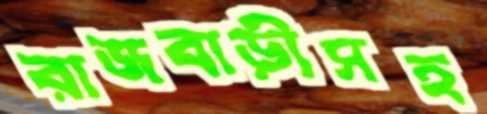
রাজবাড়ীসহ